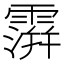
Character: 𩅅